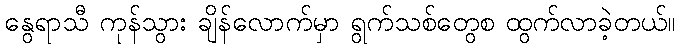
နွေရာသီ ကုန်သွား ချိန်လောက်မှာ ရွက်သစ်တွေစ ထွက်လာခဲ့တယ်။